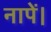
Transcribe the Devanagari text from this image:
नापें।